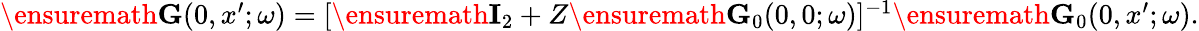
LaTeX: \begin{array}{r}{\ensuremath{\mathbf{G}}(0,x^{\prime};\omega)=[\ensuremath{\mathbf{I}}_{2}+Z\ensuremath{\mathbf{G}}_{0}(0,0;\omega)]^{-1}\ensuremath{\mathbf{G}}_{0}(0,x^{\prime};\omega).}\end{array}